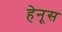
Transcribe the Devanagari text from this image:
हेनूस